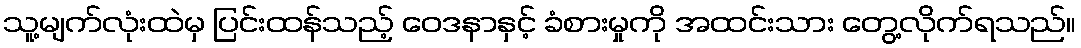
သူ့မျက်လုံးထဲမှ ပြင်းထန်သည့် ဝေဒနာနှင့် ခံစားမှုကို အထင်းသား တွေ့လိုက်ရသည်။